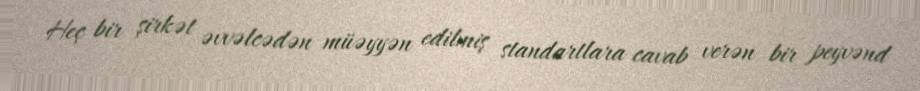
Heç bir şirkət əvvəlcədən müəyyən edilmiş standartlara cavab verən bir peyvənd